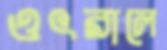
ওৎরালে